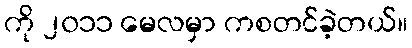
ကို ၂၀၁၁ မေလမှာ ကစတင်ခဲ့တယ်။